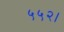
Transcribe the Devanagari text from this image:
५५२।